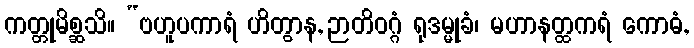
ကတ္တုမိစ္ဆသိ။ “ဗဟူပကာရံ ဟိတွာန, ဉာတိဝဂ္ဂံ ရုဒမ္မုခံ၊ မဟာနတ္ထကရံ ကောဓံ,